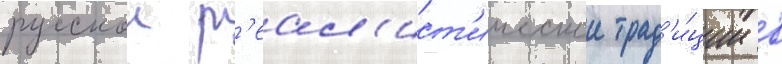
русскои р'еал'ист'ическои трад'и́ции в